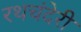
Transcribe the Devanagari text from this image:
रथचंदेरी